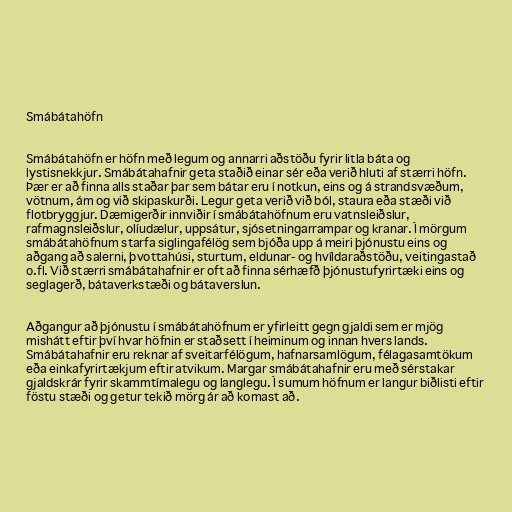
Smábátahöfn

Smábátahöfn er höfn með legum og annarri aðstöðu fyrir litla báta og
lystisnekkjur. Smábátahafnir geta staðið einar sér eða verið hluti af stærri höfn.
Þær er að finna alls staðar þar sem bátar eru í notkun, eins og á strandsvæðum,
vötnum, ám og við skipaskurði. Legur geta verið við ból, staura eða stæði við
flotbryggjur. Dæmigerðir innviðir í smábátahöfnum eru vatnsleiðslur,
rafmagnsleiðslur, olíudælur, uppsátur, sjósetningarrampar og kranar. Í mörgum
smábátahöfnum starfa siglingafélög sem bjóða upp á meiri þjónustu eins og
aðgang að salerni, þvottahúsi, sturtum, eldunar- og hvíldaraðstöðu, veitingastað
o.fl. Við stærri smábátahafnir er oft að finna sérhæfð þjónustufyrirtæki eins og
seglagerð, bátaverkstæði og bátaverslun.

Aðgangur að þjónustu í smábátahöfnum er yfirleitt gegn gjaldi sem er mjög
mishátt eftir því hvar höfnin er staðsett í heiminum og innan hvers lands.
Smábátahafnir eru reknar af sveitarfélögum, hafnarsamlögum, félagasamtökum
eða einkafyrirtækjum eftir atvikum. Margar smábátahafnir eru með sérstakar
gjaldskrár fyrir skammtímalegu og langlegu. Í sumum höfnum er langur biðlisti eftir
föstu stæði og getur tekið mörg ár að komast að.